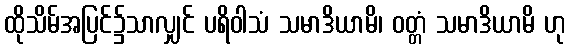
ထိုသိမ်အပြင်၌သာလျှင် ပရိဝါသံ သမာဒိယာမိ၊ ဝတ္တံ သမာဒိယာမိ ဟု